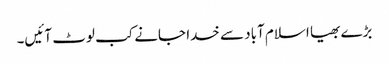
بڑے بھیا اسلام آباد سے خدا جانے کب لوٹ آئیں۔